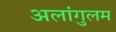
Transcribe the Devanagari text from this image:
अलांगुलम